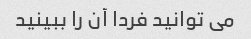
می توانید فردا آن را ببینید